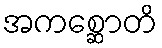
အကစ္ဆောတိ